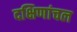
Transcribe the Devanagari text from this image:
दक्षिणांचल